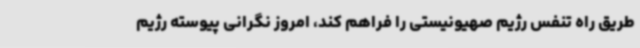
طریق راه تنفس رژیم صهیونیستی را فراهم کند، امروز نگرانی پیوسته رژیم